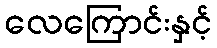
လေကြောင်းနှင့်